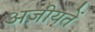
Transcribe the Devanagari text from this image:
अज़ीयतें